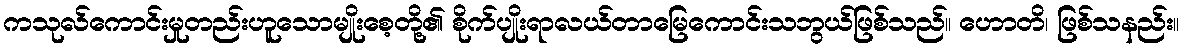
ကသုလ်ကောင်းမှုတည်းဟူသောမျိုးစေ့တို့၏ စိုက်ပျိုးရာလယ်တာမြေကောင်းသဘွယ်ဖြစ်သည်။ ဟောတိ၊ ဖြစ်သနည်း။